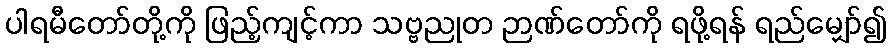
ပါရမီတော်တို့ကို ဖြည့်ကျင့်ကာ သဗ္ဗညုတ ဉာဏ်တော်ကို ရဖို့ရန် ရည်မျှော်၍